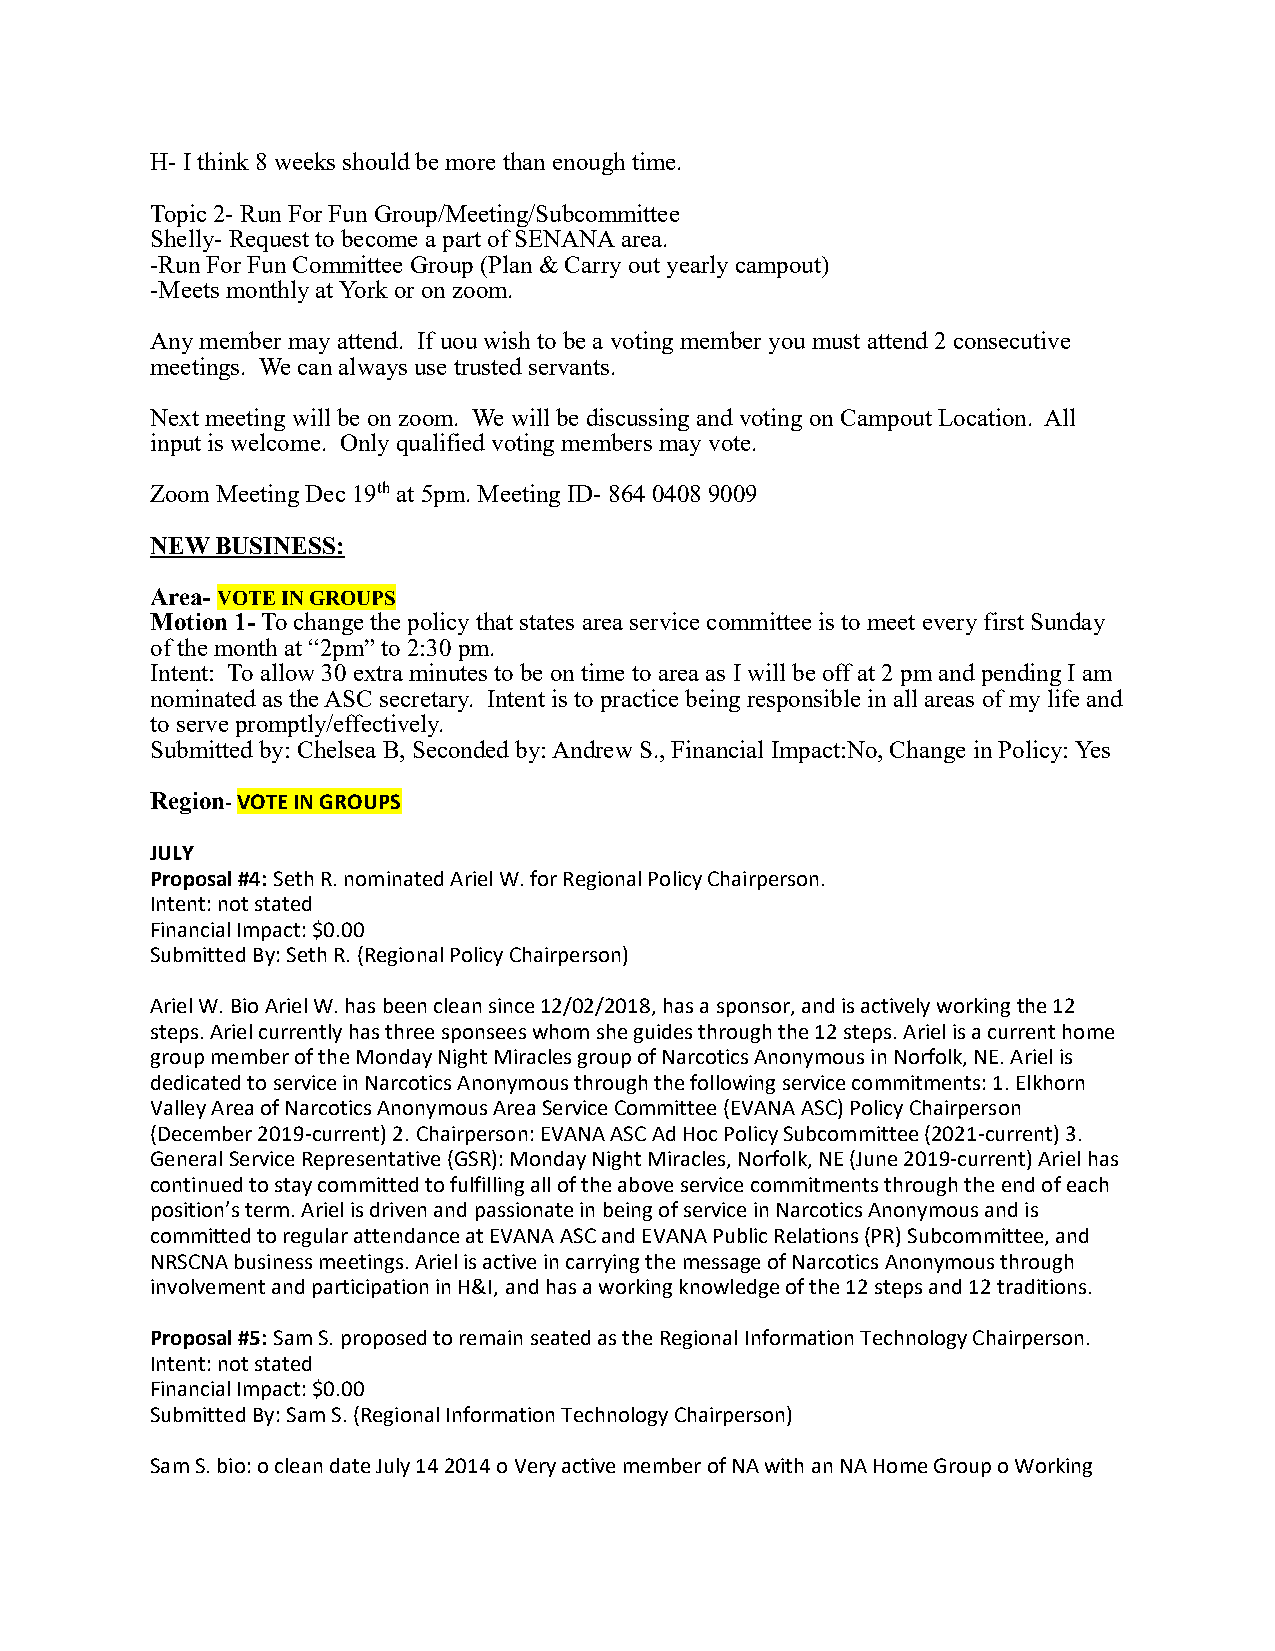
H- I think 8 weeks should be more than enough time.
 Topic 2- Run For Fun Group/Meeting/Subcommittee
 Shelly- Request to become a part of SENANA area.
 -Run For Fun Committee Group (Plan & Carry out yearly campout)
 -Meets monthly at York or on zoom.
 Any member may attend. If uou wish to be a voting member you must attend 2 consecutive
 meetings. We can always use trusted servants.
 Next meeting will be on zoom. We will be discussing and voting on Campout Location. All
 input is welcome. Only qualified voting members may vote.
 Zoom Meeting Dec 19th at 5pm. Meeting ID- 864 0408 9009
 NEW BUSINESS:
 Area- VOTE IN GROUPS
 Motion 1- To change the policy that states area service committee is to meet every first Sunday
 of the month at “2pm” to 2:30 pm.
 Intent: To allow 30 extra minutes to be on time to area as I will be off at 2 pm and pending I am
 nominated as the ASC secretary. Intent is to practice being responsible in all areas of my life and
 to serve promptly/effectively.
 Submitted by: Chelsea B, Seconded by: Andrew S., Financial Impact:No, Change in Policy: Yes
 Region- VOTE IN GROUPS
 JULY
 Proposal #4: Seth R. nominated Ariel W. for Regional Policy Chairperson.
 Intent: not stated
 Financial Impact: $0.00
 Submitted By: Seth R. (Regional Policy Chairperson)
 Ariel W. Bio Ariel W. has been clean since 12/02/2018, has a sponsor, and is actively working the 12
 steps. Ariel currently has three sponsees whom she guides through the 12 steps. Ariel is a current home
 group member of the Monday Night Miracles group of Narcotics Anonymous in Norfolk, NE. Ariel is
 dedicated to service in Narcotics Anonymous through the following service commitments: 1. Elkhorn
 Valley Area of Narcotics Anonymous Area Service Committee (EVANA ASC) Policy Chairperson
 (December 2019-current) 2. Chairperson: EVANA ASC Ad Hoc Policy Subcommittee (2021-current) 3.
 General Service Representative (GSR): Monday Night Miracles, Norfolk, NE (June 2019-current) Ariel has
 continued to stay committed to fulfilling all of the above service commitments through the end of each
 position’s term. Ariel is driven and passionate in being of service in Narcotics Anonymous and is
 committed to regular attendance at EVANA ASC and EVANA Public Relations (PR) Subcommittee, and
 NRSCNA business meetings. Ariel is active in carrying the message of Narcotics Anonymous through
 involvement and participation in H&I, and has a working knowledge of the 12 steps and 12 traditions.
 Proposal #5: Sam S. proposed to remain seated as the Regional Information Technology Chairperson.
 Intent: not stated
 Financial Impact: $0.00
 Submitted By: Sam S. (Regional Information Technology Chairperson)
 Sam S. bio: o clean date July 14 2014 o Very active member of NA with an NA Home Group o Working